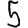
Digit: 5